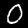
Digit: 0